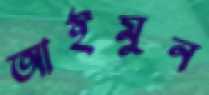
আইমুন